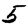
Digit: 5